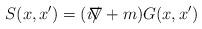
LaTeX: \begin{align*}S(x,x') = (i/\hspace{-3mm}\nabla+m)G(x,x')\end{align*}